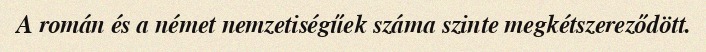
A román és a német nemzetiségűek száma szinte megkétszereződött.